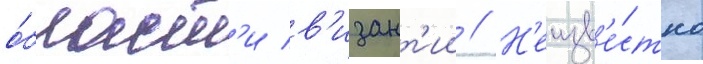
о́бласт'и в'изант'ии // Н'еизв'е́стно